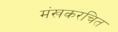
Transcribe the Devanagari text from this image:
मंखकरचित